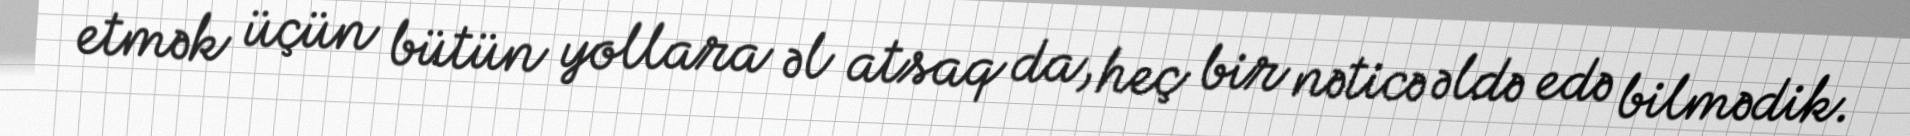
etmək üçün bütün yollara əl atsaq da, heç bir nəticə əldə edə bilmədik.